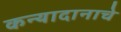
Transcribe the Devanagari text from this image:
कन्यादानाचे